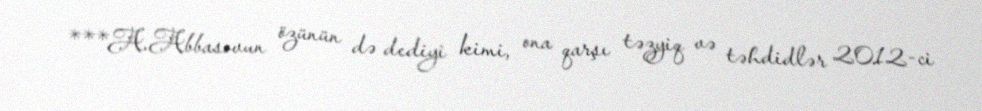
***A.Abbasovun özünün də dediyi kimi, ona qarşı təzyiq və təhdidlər 2012-ci